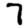
Digit: 7